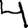
Digit: 4